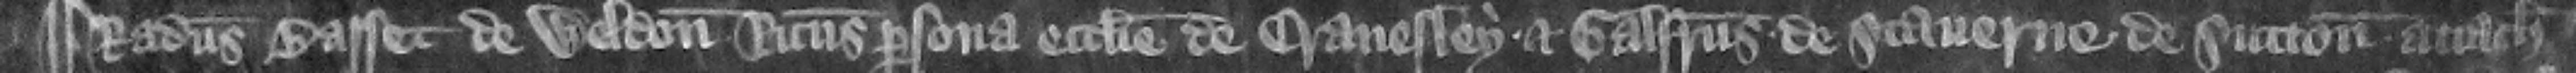
¶ Radulfus Basset de Weldon Ricardus persona ecclesie de Cranesley et Galfridus de Stanerne de Sutton attachiati